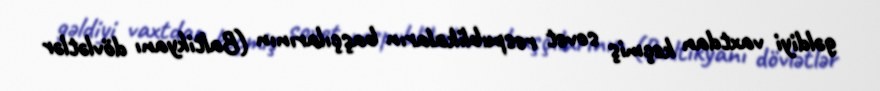
gəldiyi vaxtdan keçmiş sovet respublikaların başçılarının (Baltikyanı dövlətlər